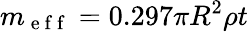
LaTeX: m_{\mathrm{~e~f~f~}}=0.297\pi R^{2}\rho t